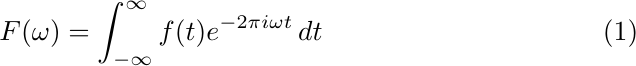
\begin{equation}
    F(\omega) = \int_{-\infty}^{\infty} f(t) e^{-2\pi i \omega t} \, dt
\end{equation}